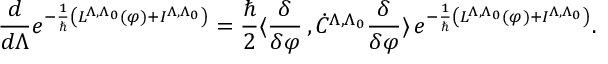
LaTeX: \frac { d } { d \Lambda } e ^ { - \frac { 1 } { \hbar } \left( L ^ { \Lambda , \Lambda _ { 0 } } ( \varphi ) + I ^ { \Lambda , \Lambda _ { 0 } } \right) } = \frac { \hbar } { 2 } \langle \frac { \delta } { \delta \varphi } \, , \dot { C } ^ { \Lambda , \Lambda _ { 0 } } \frac { \delta } { \delta \varphi } \rangle \, e ^ { - \frac { 1 } { \hbar } \left( L ^ { \Lambda , \Lambda _ { 0 } } ( \varphi ) + I ^ { \Lambda , \Lambda _ { 0 } } \right) } .